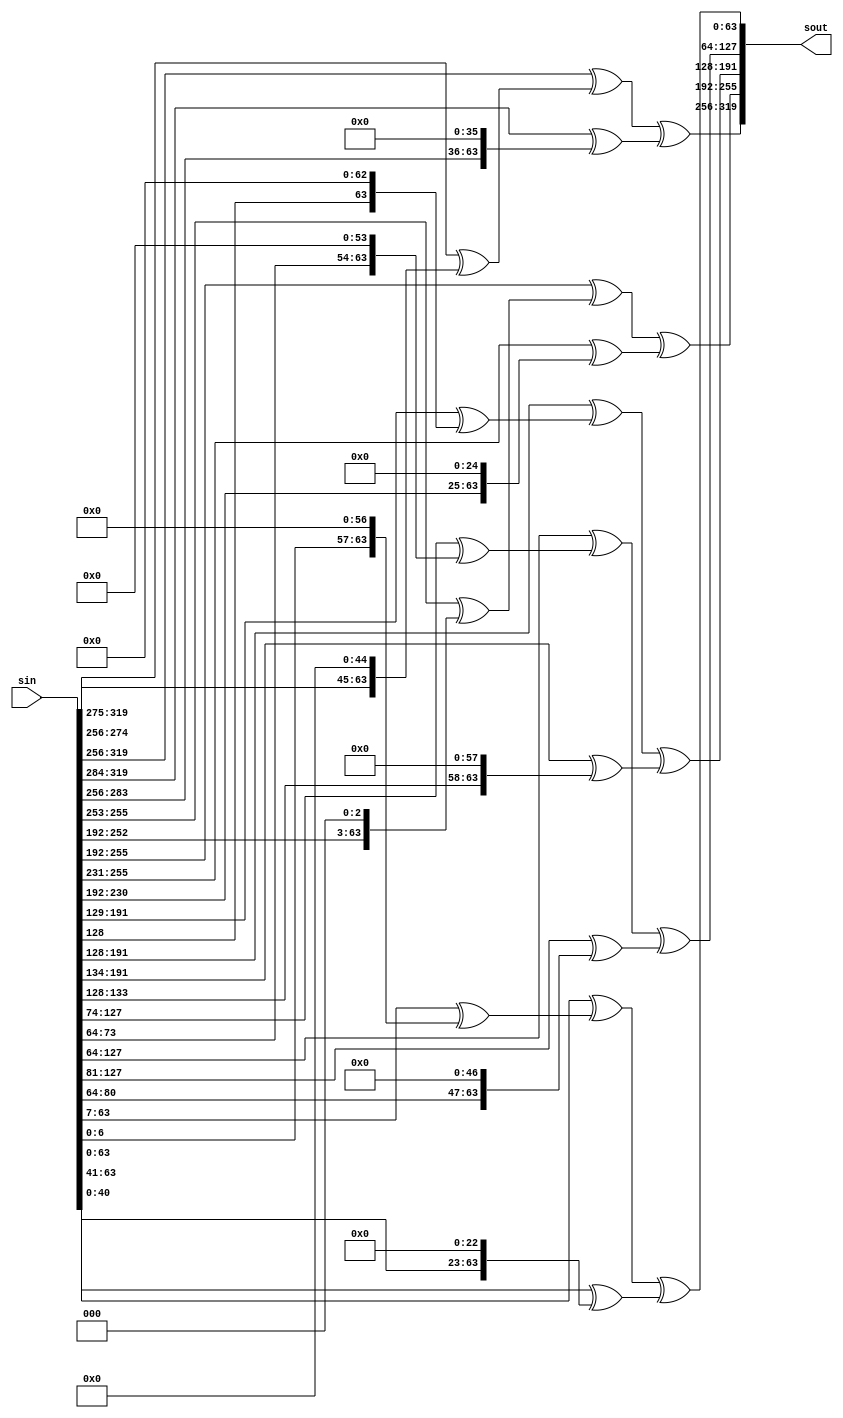
`timescale 1ns / 1ps
//////////////////////////////////////////////////////////////////////////////////
// Company: 
// Engineer: 
// 
// Design Name: 
// Module Name: PLlineardiffusion
// Project Name: 
// Target Devices: 
// Tool Versions: 
// Description: 
// 
// Dependencies: 
// 
// Revision:
// Revision 0.01 - File Created
// Additional Comments:
// 
//////////////////////////////////////////////////////////////////////////////////


module PLlineardiffusion(sin,sout

    );
    input [319:0]sin;output [319:0]sout;
    wire [63:0]x0,x1,x2,x3,x4;
    wire [63:0]b0,b1,b2,b3,b4;
    assign x0=sin[319:256],x1=sin[255:192],x2=sin[191:128],x3=sin[127:64],x4=sin[63:0];
    assign b0= x0^((x0>>19) ^ (x0<<45)) ^ ((x0>>28) ^ (x0<<36));
    assign b1= x1^((x1>>61) ^ (x1<<3)) ^ ((x1>>39) ^ (x1<<25));
    assign b2= x2^((x2>>1) ^ (x2<<63)) ^ ((x2>>6) ^ (x2<<58));
    assign b3= x3^((x3>>10) ^ (x3<<54)) ^ ((x3>>17) ^ (x3<<47));
    assign b4= x4^((x4>>7) ^ (x4<<57)) ^ ((x4>>41) ^ (x4<<23));
    assign sout={b0,b1,b2,b3,b4};
endmodule